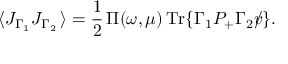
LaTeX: \langle J _ { \Gamma _ { 1 } } J _ { \Gamma _ { 2 } } \, \rangle = \frac { 1 } { 2 } \, \Pi ( \omega , \mu ) \, \mathrm { T r } \{ \Gamma _ { 1 } P _ { + } \Gamma _ { 2 } \rlap / v \} .